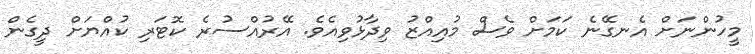
މީހުންނަށް އެނގޭނެ ކަމަށް ވެސް މުއިއްޒު ވިދާޅުވިއެވެ. އޭރުއްސުރެ ކޮޓަރި ކުއްޔަށް ދީގެން